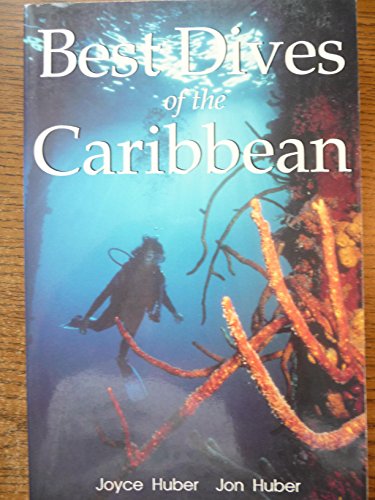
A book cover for Best Dives of the Caribbean; Joyce Huber; Travel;